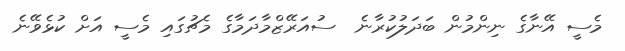
މެސީ އޭނާގެ ނިންމުން ބަދަލުކުރާނެ  ސުއަރޭޒްމާދަމާގެ މެޗުގައި މެސީ އަށް ކުޅެވޭނެ